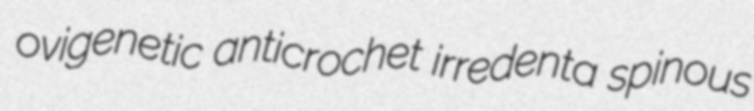
ovigenetic anticrochet irredenta spinous